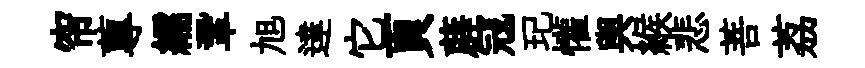
帘蓴繻鞏旭達它頁薜冦玘懽舆緱悲菩荔